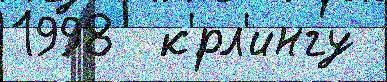
1998  к'́рл'ингу